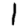
Digit: 1